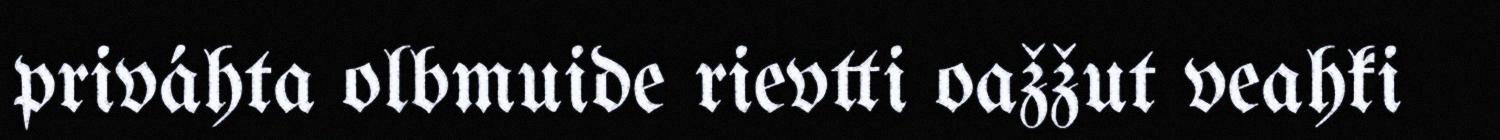
priváhta olbmuide rievtti oažžut veahki